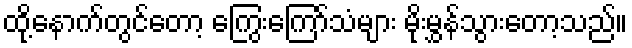
ထို့နောက်တွင်တော့ ကြွေးကြော်သံများ မိုးမွှန်သွားတော့သည်။